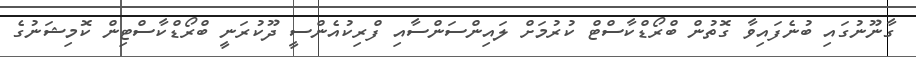
ގާނޫނުގައި ބުނެފައިވާ ގޮތުން ބްރޯޑްކާސްޓް ކުރުމަށް ލައިންސަންސާއި ފްރިކުއެންސީ ދޫކުރަނީ ބްރޯޑްކާސްޓިން ކޮމިޝަނުގެ